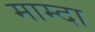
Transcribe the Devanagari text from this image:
माम्दा